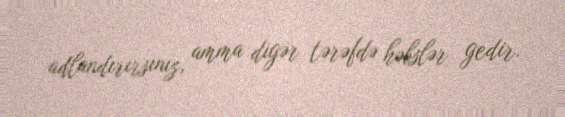
adlandırırsınız, amma digər tərəfdə həbslər gedir.